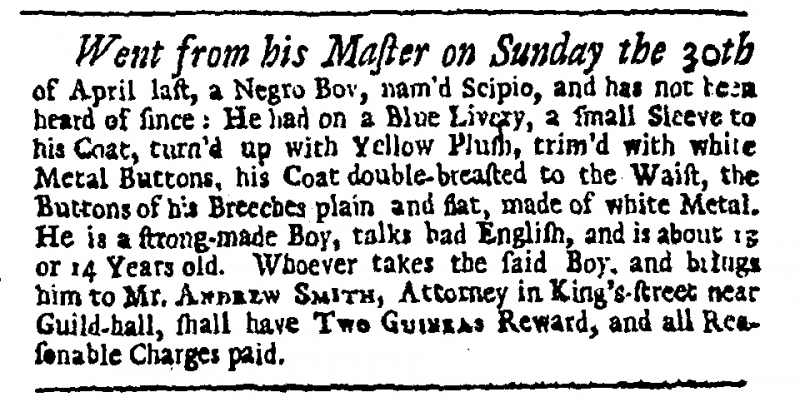
Daily Journal, 23 May 1732 (England)
Went from his Master on Sunday the 30th of April last, a Negro Boy, nam'd Scipio, and has not been heard of since: He had on a Blue Livery, a small Sleeve to his Coat, turn’d up with Yellow Plush, trim’d with white Metal Buttons, his Coat double-breasted to the Waist, the Buttons of his Breeches plain and flat, made of white Metal. He is a strong-made Boy, talks bad English, and is about 13 or 14 Years old. Whoever takes the said Boy, and brings him to Mr. ANDREW SMITH, Attorney in King's-street, near Guild-hall, shall have TWO GUINEAS Reward, and all Reasonable Charges paid.